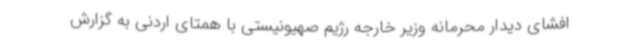
افشای دیدار محرمانه وزیر خارجه رژیم صهیونیستی با همتای اردنی‌ به گزارش